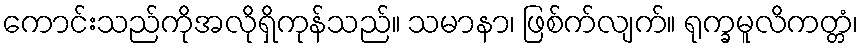
ကောင်းသည်ကိုအလိုရှိကုန်သည်။ သမာနာ၊ ဖြစ်က်လျက်။ ရုက္ခမူလိကတ္တံ၊